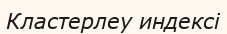
Кластерлеу индексі